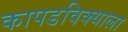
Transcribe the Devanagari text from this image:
कापडविक्याला